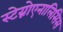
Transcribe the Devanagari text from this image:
स्टेग्नोएनालिसिस